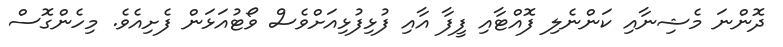
ދޮންނަ މެޝިނާއި ކަންނެލި ފޮއްޓާއި ފީފާ އާއި ފުޅިފުޅިއަށްވެސް ވޯޓުއަޅަން ފެށިއެވެ. މިހެންގޮސް